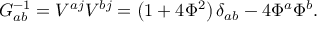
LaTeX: G _ { a b } ^ { - 1 } = V ^ { a j } V ^ { b j } = \left( 1 + 4 \Phi ^ { 2 } \right) \delta _ { a b } - 4 \Phi ^ { a } \Phi ^ { b } .